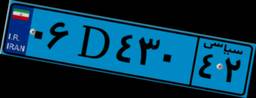
۰۶D۴۳۰۴۲